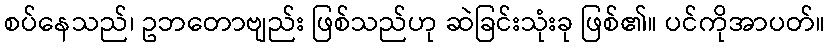
စပ်နေသည်၊ ဥဘတောဗျည်း ဖြစ်သည်ဟု ဆဲခြင်းသုံးခု ဖြစ်၏။ ပင်ကိုအာပတ်။